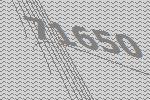
71650